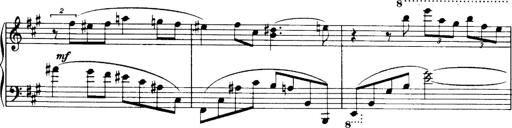
Title: 3 Sonatinas, Op.67
Composer: Jean Sibelius